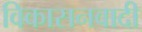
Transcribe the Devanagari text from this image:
विकासनवादी